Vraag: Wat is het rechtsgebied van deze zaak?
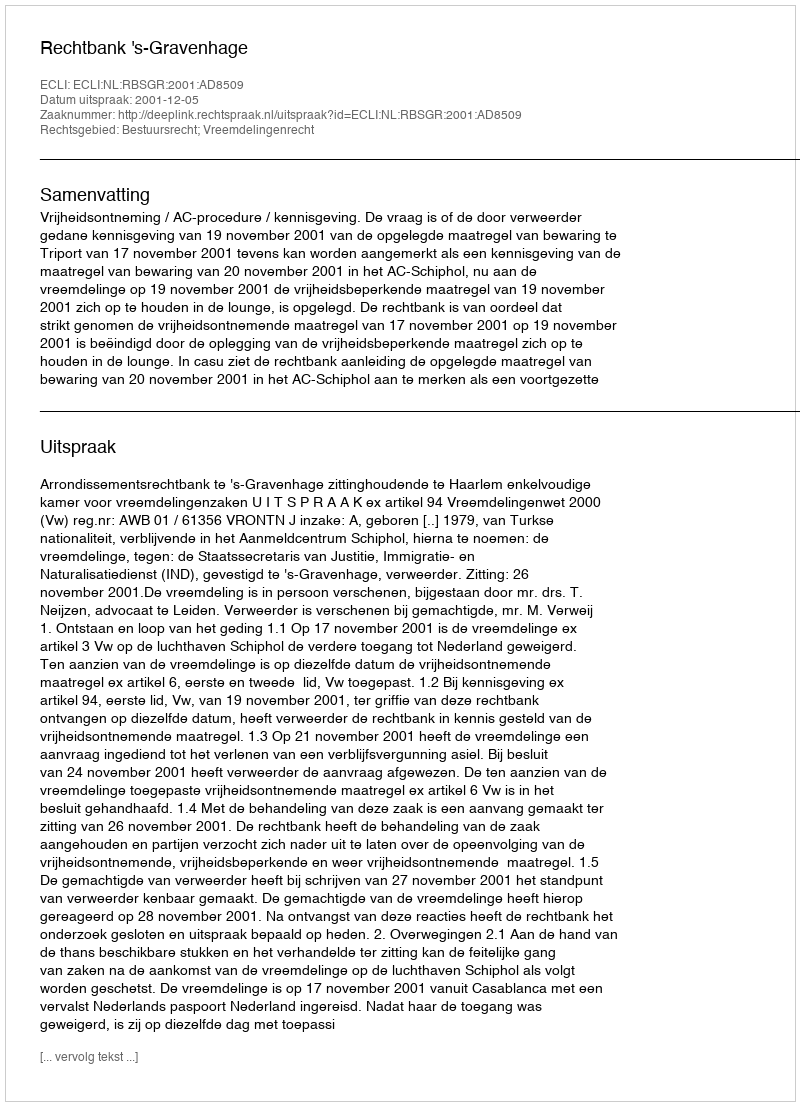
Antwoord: Bestuursrecht; Vreemdelingenrecht